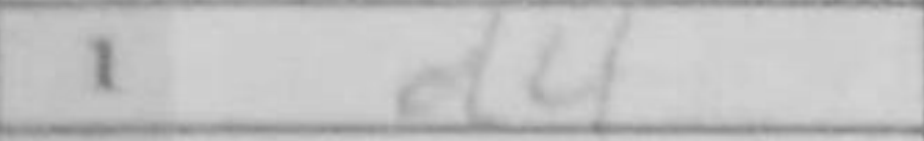
Transcription: d4